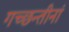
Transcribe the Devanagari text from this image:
गच्छन्तीनां